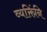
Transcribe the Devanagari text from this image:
व्यक्तिंनि